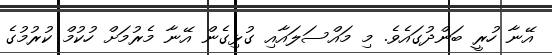
އޭނާ ހުރީ ބަންދުގައެވެ. މި މައްސަލައާއި ގުޅިގެން އޭނާ މެރުމަށް ހުކުމް ކުރުމުގެ